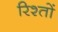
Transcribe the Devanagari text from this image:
रिश्‍तों